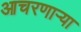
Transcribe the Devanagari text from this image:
आचरणार्‍या